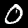
Label: 0